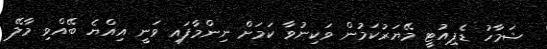
ޝަމާހު ޑެޕިއުޓީ މޭޔަރުކަމުން ވަކިނުވާ ކަމަށް ނިންމާފައި ވަނީ އިއްޔެ ބޭއްވި މާލޭ